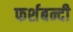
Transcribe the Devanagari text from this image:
फर्शबन्दी